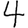
Digit: 4